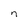
Character: n